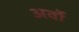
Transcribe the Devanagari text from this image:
अर्वो